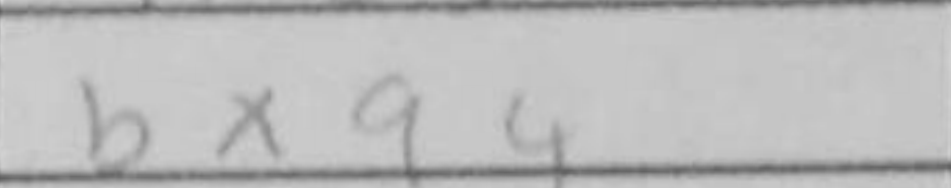
Transcription: bxa4